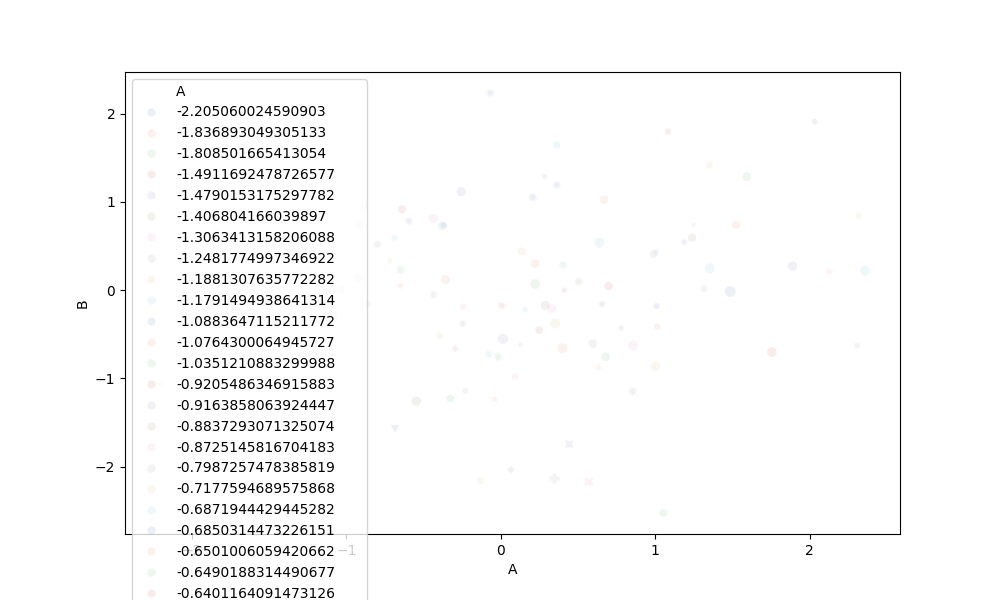
python, seaborn, scatterplot, hue='A', style='B', size='C', palette='deep', alpha=0.1